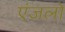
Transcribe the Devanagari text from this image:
एंजलो